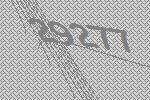
29277